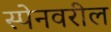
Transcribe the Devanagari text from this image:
स्पेनवरील